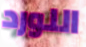
اللورد